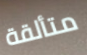
متألقة